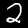
Digit: 2